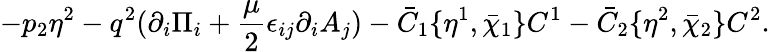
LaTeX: -p_{2}\eta^{2}-q^{2}(\partial_{i}\Pi_{i}+{\frac{\mu}{2}}\epsilon_{ij}\partial_{i}A_{j})-\bar{C}_{1}\{ \eta^{1},\bar{\chi}_{1}\} C^{1}-\bar{C}_{2}\{ \eta^{2},\bar{\chi}_{2}\} C^{2}.